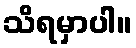
သိရမှာပါ။